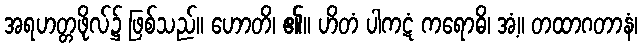
အရဟတ္တဖိုလ်၌ ဖြစ်သည်။ ဟောတိ၊ ၏။ ဟိတံ ပါကဋံ ကရောဓိ၊ အံ့။ တထာဂတာနံ၊